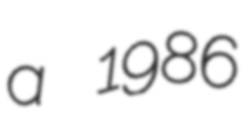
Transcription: a 1986